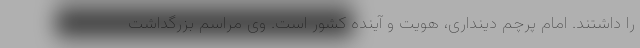
را داشتند. امام پرچم دینداری، هویت و آینده کشور است. وی مراسم بزرگداشت